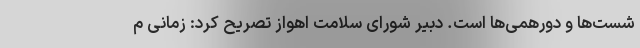
شست‌ها و دورهمی‌ها است. دبیر شورای سلامت اهواز تصریح کرد: زمانی م